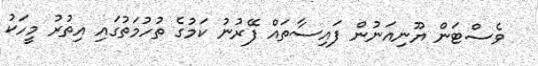
ވެސްޓަން ޔޫނިއަނުން ފައިސާތައް ފޭރުނު ކަމުގެ ތުހުމަތުގައި އިތުރު މީހަކު